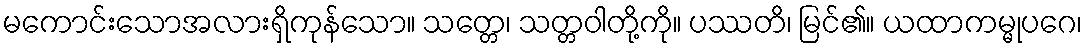
မကောင်းသောအလားရှိကုန်သော။ သတ္တေ၊ သတ္တဝါတို့ကို။ ပဿတိ၊ မြင်၏။ ယထာကမ္မုပဂေ၊